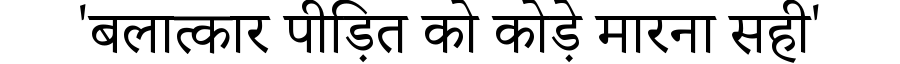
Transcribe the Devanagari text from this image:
'बलात्कार पीड़ित को कोड़े मारना सही'